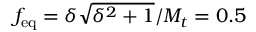
f _ { \mathrm { e q } } = \delta \sqrt { \delta ^ { 2 } + 1 } / M _ { t } = 0 . 5